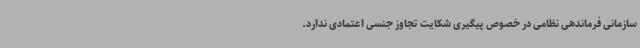
سازمانی فرماندهی نظامی در خصوص پیگیری شکایت تجاوز جنسی اعتمادی ندارد.